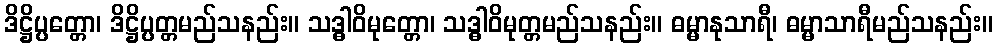
ဒိဋ္ဌိပ္ပတ္တော၊ ဒိဋ္ဌိပ္ပတ္တမည်သနည်း။ သဒ္ဓါဝိမုတ္တော၊ သဒ္ဓါဝိမုတ္တမည်သနည်း။ ဓမ္မာနုသာရီ၊ ဓမ္မာသာရီမည်သနည်း။